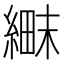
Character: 𬗱